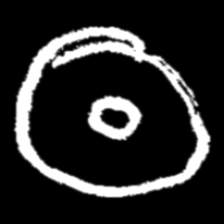
Pyu character \u2014 Myanmar letter: ထ (romanized: tha)